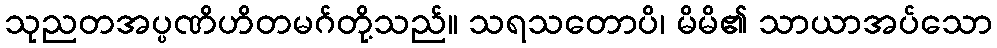
သုညတအပ္ပဏိဟိတမဂ်တို့သည်။ သရသတောပိ၊ မိမိ၏ သာယာအပ်သော